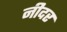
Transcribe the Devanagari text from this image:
नीदर